Leningradi_Edasi_toimetus, lk 169
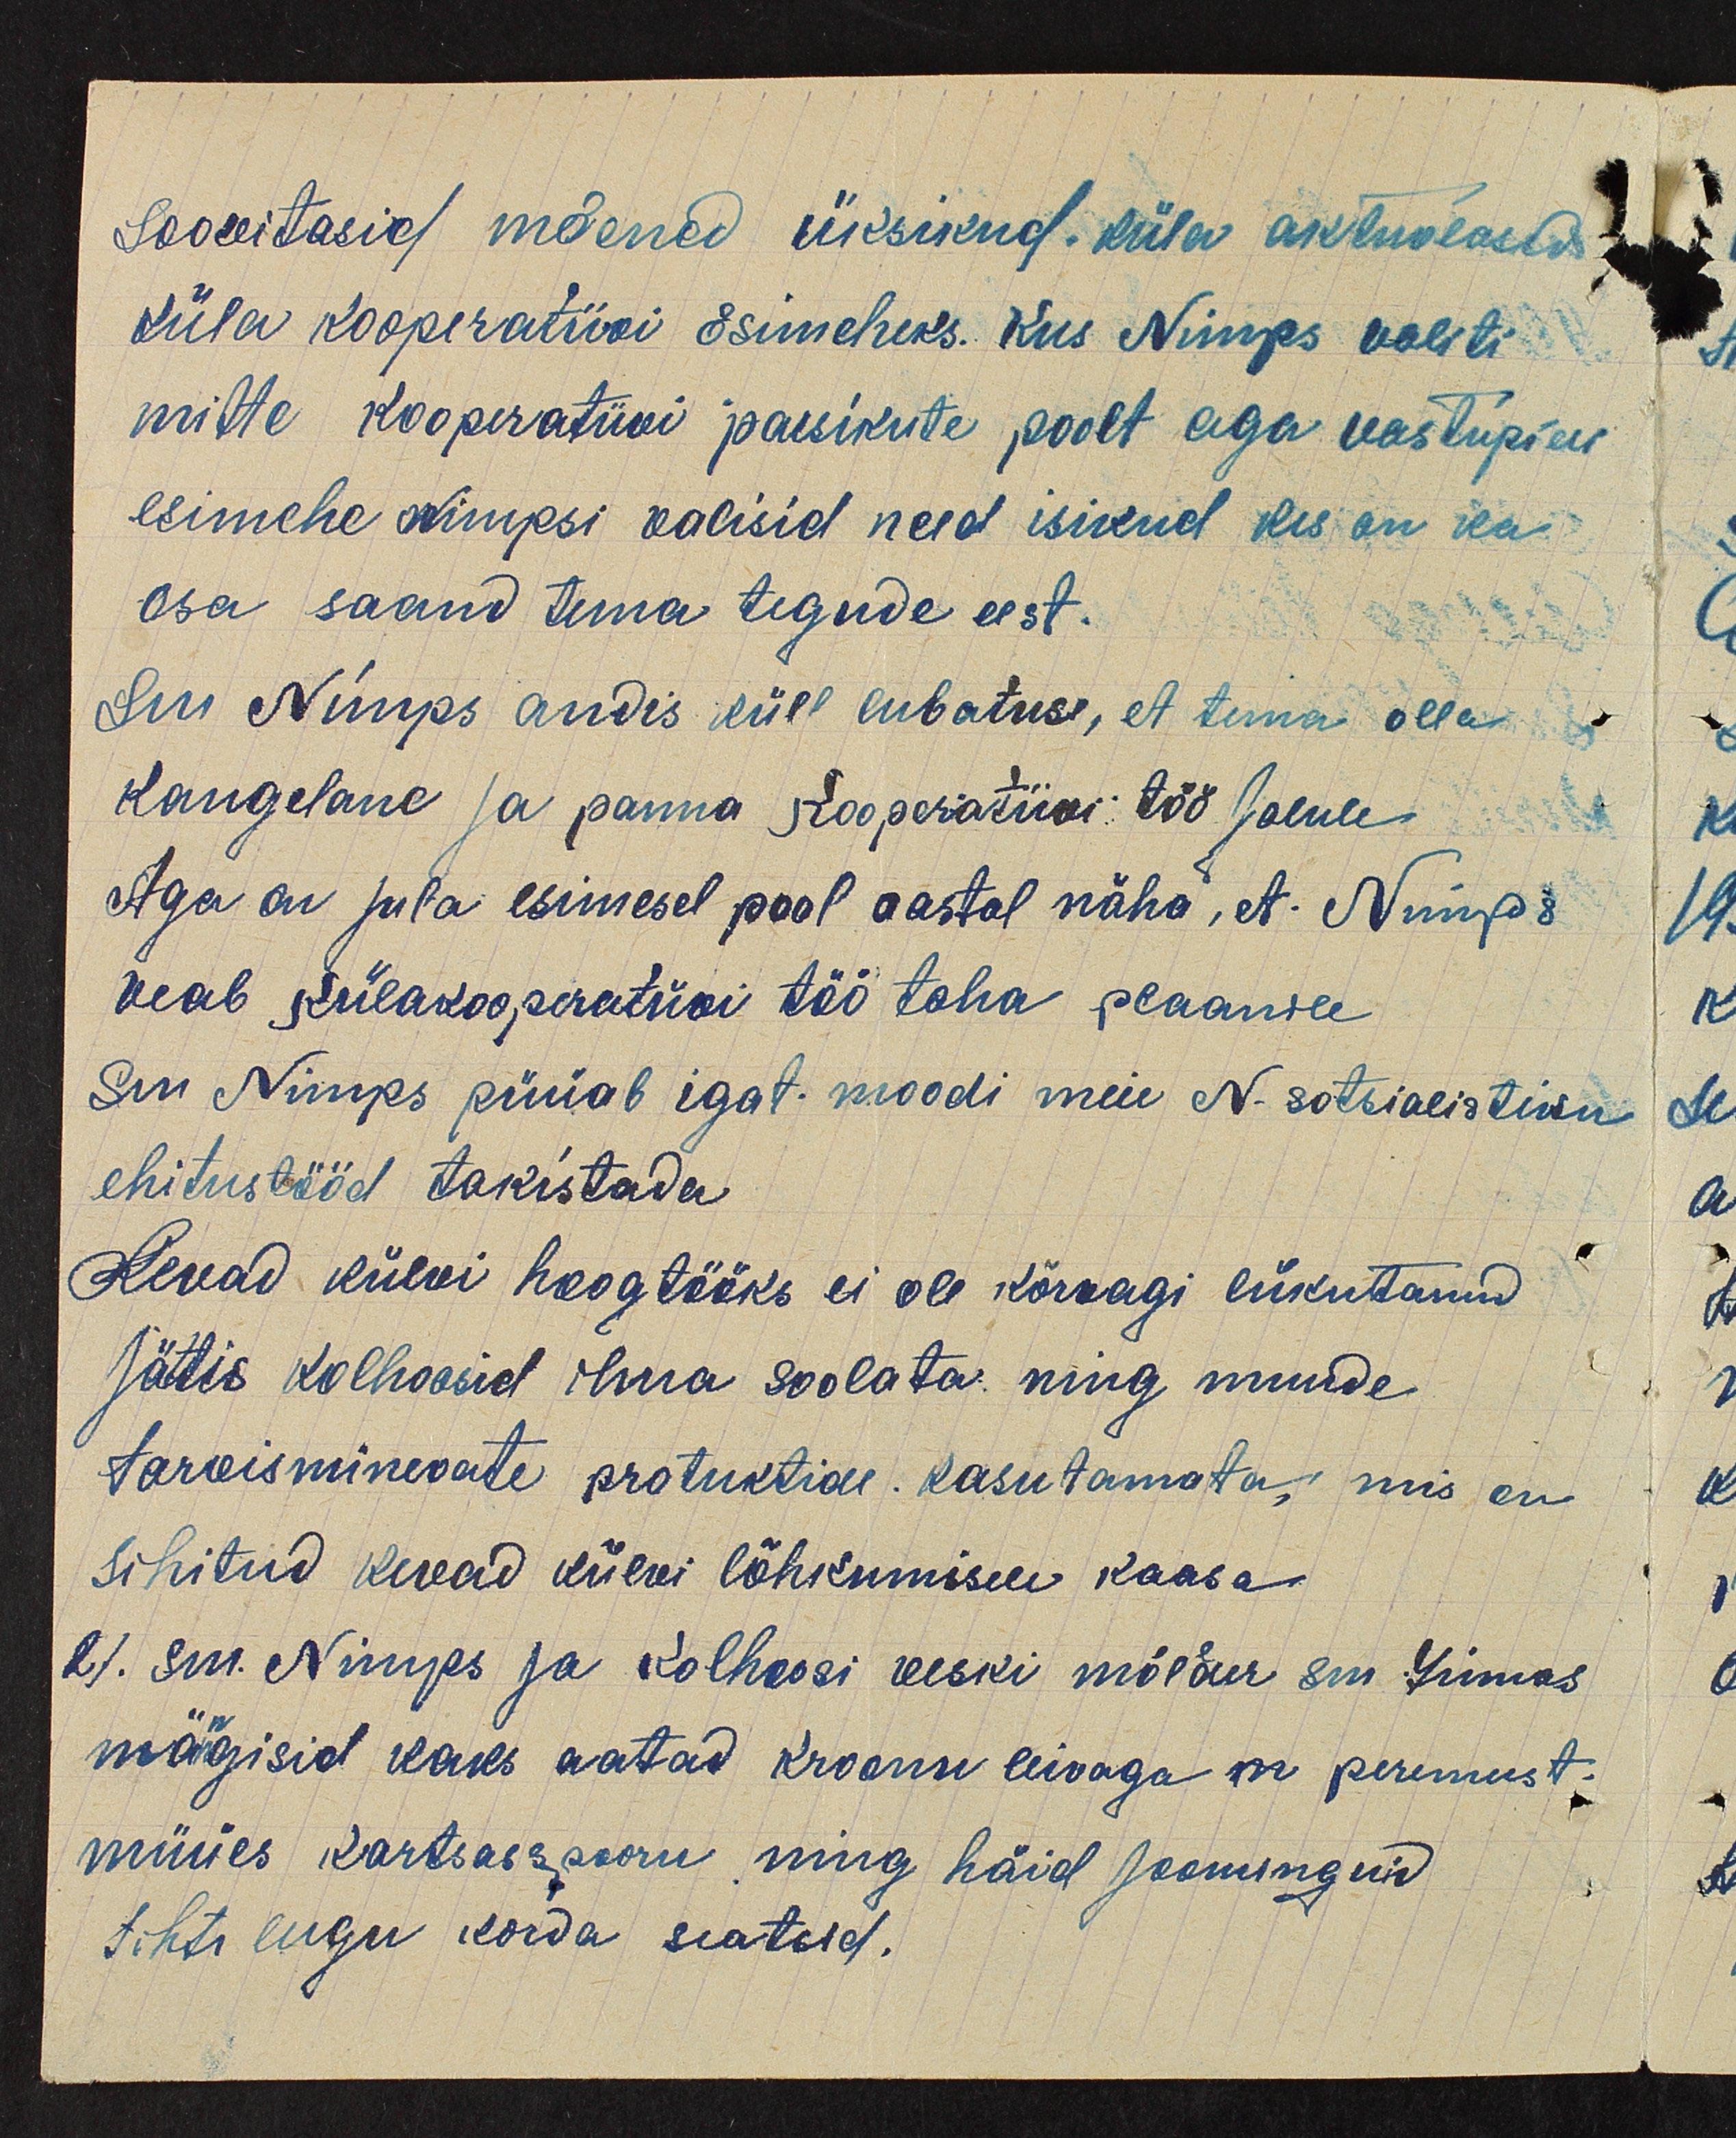
soovitasid mõened üksikud, küla aktiivlased
küla kooperatiivi Esimeheks. Kus Nimps valiti
mitte kooperatiivi parsikute poolt aga vastupidi
esimehe Nimpsi valisid need isikud kes on ika
osa saand tema tegude eest.
Sm Nimps andis küll lubatuse, et tema olla
Kangelane ja panna Kooperatiivi töö jalule
Aga on juba esimesel pool aastal näha, et Nimps
peab külakooperatiivi töö taha plaanile
Sm Nimps püüab igat. moodi meie N. sotsialistiku
ehitustööd takistada
Kevad külvi hoogtööks ei ole kõrvagi liikutanud
jättis kolhoosid ilma soolata ning muude
tarwisminevate protuktide kasutamata, mis on
sihitud kevad külvi lõhkumisele kaasa
2). sm. Nimps ja Kolhoosi veski mölder sm. Linnas
mägisid kaks aatad kroonu leivaga peremeest.
müües kartsas  sooru ning häid loominguid
tihti lugu korda seatud.